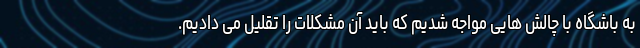
به باشگاه با چالش هایی مواجه شدیم که باید آن مشکلات را تقلیل می دادیم.